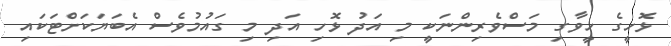
ޅޮހީގެ ހީވާގި މަސްވެރިންނަކީ މި އަދު ޅޮހި އަދި މި ގައުމުވެސް އެބަޔަކަށްޓަކައި